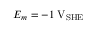
E _ { m } = - 1 \; \mathrm { V } _ { \mathrm { S H E } }